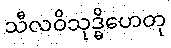
သီလဝိသုဒ္ဓိဟေတု